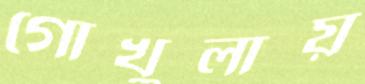
গোখুলায়